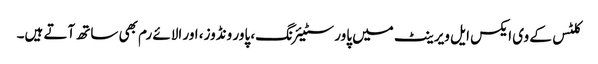
کلٹس کے وی ایکس ایل ویرینٹ میں پاور سٹیئرنگ، پاور ونڈوز، اور الائے رم بھی ساتھ آتے ہیں۔